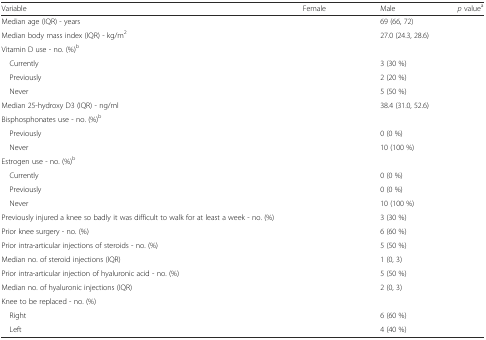
<table><thead><tr><td><b>Variable</b></td><td><b>Female</b></td><td><b>Male</b></td><td><b><i>p</i> value<sup>a</sup></b></td></tr></thead><tbody><tr><td>Median age (IQR) - years</td><td>[EMPTY_CELL]</td><td>69 (66, 72)</td><td>[EMPTY_CELL]</td></tr><tr><td>Median body mass index (IQR) - kg/m<sup>2</sup></td><td>[EMPTY_CELL]</td><td>27.0 (24.3, 28.6)</td><td>[EMPTY_CELL]</td></tr><tr><td>Vitamin D use - no. (%)<sup>b</sup></td><td>[EMPTY_CELL]</td><td>[EMPTY_CELL]</td><td>[EMPTY_CELL]</td></tr><tr><td> Currently</td><td>[EMPTY_CELL]</td><td>3 (30 %)</td><td>[EMPTY_CELL]</td></tr><tr><td> Previously</td><td>[EMPTY_CELL]</td><td>2 (20 %)</td><td>[EMPTY_CELL]</td></tr><tr><td> Never</td><td>[EMPTY_CELL]</td><td>5 (50 %)</td><td>[EMPTY_CELL]</td></tr><tr><td>Median 25-hydroxy D3 (IQR) - ng/ml</td><td>[EMPTY_CELL]</td><td>38.4 (31.0, 52.6)</td><td>[EMPTY_CELL]</td></tr><tr><td>Bisphosphonates use - no. (%)<sup>b</sup></td><td>[EMPTY_CELL]</td><td>[EMPTY_CELL]</td><td>[EMPTY_CELL]</td></tr><tr><td> Previously</td><td>[EMPTY_CELL]</td><td>0 (0 %)</td><td>[EMPTY_CELL]</td></tr><tr><td> Never</td><td>[EMPTY_CELL]</td><td>10 (100 %)</td><td>[EMPTY_CELL]</td></tr><tr><td>Estrogen use - no. (%)<sup>b</sup></td><td>[EMPTY_CELL]</td><td>[EMPTY_CELL]</td><td>[EMPTY_CELL]</td></tr><tr><td> Currently</td><td>[EMPTY_CELL]</td><td>0 (0 %)</td><td>[EMPTY_CELL]</td></tr><tr><td> Previously</td><td>[EMPTY_CELL]</td><td>0 (0 %)</td><td>[EMPTY_CELL]</td></tr><tr><td> Never</td><td>[EMPTY_CELL]</td><td>10 (100 %)</td><td>[EMPTY_CELL]</td></tr><tr><td>Previously injured a knee so badly it was difficult to walk for at least a week - no. (%)</td><td>[EMPTY_CELL]</td><td>3 (30 %)</td><td>[EMPTY_CELL]</td></tr><tr><td>Prior knee surgery - no. (%)</td><td>[EMPTY_CELL]</td><td>6 (60 %)</td><td>[EMPTY_CELL]</td></tr><tr><td>Prior intra-articular injections of steroids - no. (%)</td><td>[EMPTY_CELL]</td><td>5 (50 %)</td><td>[EMPTY_CELL]</td></tr><tr><td>Median no. of steroid injections (IQR)</td><td>[EMPTY_CELL]</td><td>1 (0, 3)</td><td>[EMPTY_CELL]</td></tr><tr><td>Prior intra-articular injection of hyaluronic acid - no. (%)</td><td>[EMPTY_CELL]</td><td>5 (50 %)</td><td>[EMPTY_CELL]</td></tr><tr><td>Median no. of hyaluronic injections (IQR)</td><td>[EMPTY_CELL]</td><td>2 (0, 3)</td><td>[EMPTY_CELL]</td></tr><tr><td>Knee to be replaced - no. (%)</td><td>[EMPTY_CELL]</td><td>[EMPTY_CELL]</td><td>[EMPTY_CELL]</td></tr><tr><td> Right</td><td>[EMPTY_CELL]</td><td>6 (60 %)</td><td>[EMPTY_CELL]</td></tr><tr><td> Left</td><td>[EMPTY_CELL]</td><td>4 (40 %)</td><td>[EMPTY_CELL]</td></tr></tbody></table>